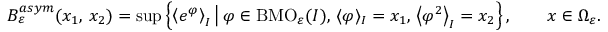
B _ { \varepsilon } ^ { a s y m } ( x _ { 1 } , \, x _ { 2 } ) = \operatorname* { s u p } \left\{ \left\langle e ^ { \varphi } \right\rangle _ { I } \big | \, \varphi \in \mathrm { B M O } _ { \varepsilon } ( I ) , \, \langle \varphi \rangle _ { I } = x _ { 1 } , \, \left\langle \varphi ^ { 2 } \right\rangle _ { I } = x _ { 2 } \right\} , \qquad x \in \Omega _ { \varepsilon } .